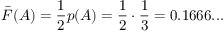
{ \bar { F } } ( A ) = { \frac { 1 } { 2 } } p ( A ) = { \frac { 1 } { 2 } } \cdot { \frac { 1 } { 3 } } = 0 . 1 6 6 6 . . .